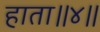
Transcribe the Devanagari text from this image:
हाता॥४॥